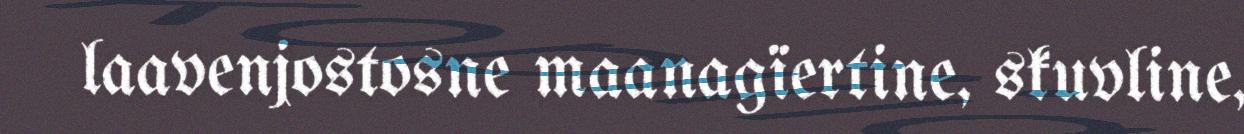
laavenjostosne maanagïertine, skuvline,